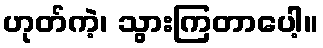
ဟုတ်ကဲ့၊ သွားကြတာပေါ့။